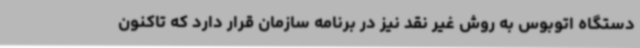
دستگاه اتوبوس به روش غیر نقد نیز در برنامه سازمان قرار دارد که تاکنون